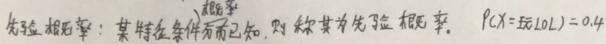
先验概率：某特征条件为已知，则称其为先验概率。$P(X = 玩LOL)=0.4$